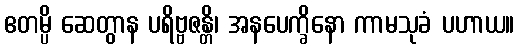
ဧတမ္ပိ ဆေတွာန ပရိဗ္ဗဇန္တိ၊ အနပေက္ခိနော ကာမသုခံ ပဟာယ။